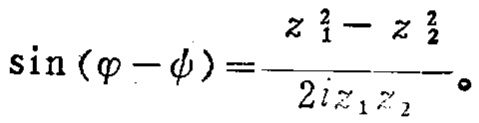
\(\sin(\varphi - \psi)=\frac{z_{1}^{2}-z_{2}^{2}}{2iz_{1}z_{2}}\)